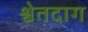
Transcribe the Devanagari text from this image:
श्वेतदाग